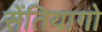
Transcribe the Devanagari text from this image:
सेंतियागो